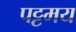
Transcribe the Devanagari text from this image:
पट्टमय